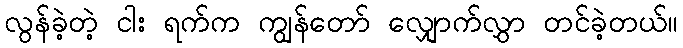
လွန်ခဲ့တဲ့ ငါး ရက်က ကျွန်တော် လျှောက်လွှာ တင်ခဲ့တယ်။